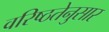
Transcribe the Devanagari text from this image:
वरिष्ठतेनुसार